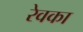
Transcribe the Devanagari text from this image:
रेवका